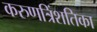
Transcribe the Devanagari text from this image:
करुणत्रिंशतिका